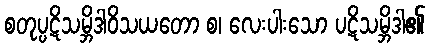
စတုပ္ပဋိသမ္ဘိဒါဝိသယတော စ၊ လေးပါးသော ပဋိသမ္ဘိဒါ၏